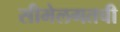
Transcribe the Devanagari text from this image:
सीमेलगतची